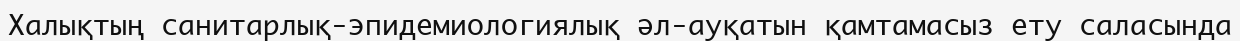
Халықтың санитарлық-эпидемиологиялық әл-ауқатын қамтамасыз ету саласында